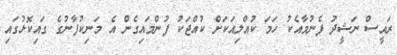
ރައީސް ނަޝީދު ފެނުމާއެކު ހަމަ ކުއްލިއަކަށް ކުއްޖަކު ފުންމައިގެން އެ މަނިކުފާނުގެ ގައިކޮޅުގައި